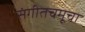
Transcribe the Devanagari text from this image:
संगीतचमूचा